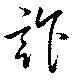
詐